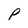
Character: P